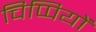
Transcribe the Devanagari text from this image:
चिप्पियों